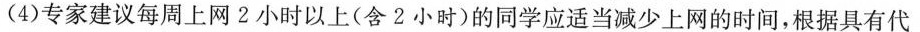
(4)专家建议每周上网2小时以上(含2小时)的同学应适当减少上网的时间，根据具有代